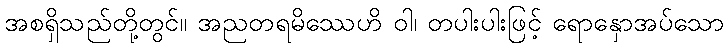
အစရှိသည်တို့တွင်။ အညတရမိဿေဟိ ဝါ၊ တပါးပါးဖြင့် ရောနှောအပ်သော